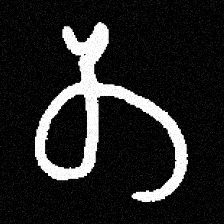
Pyu character \u2014 Myanmar letter: တ (romanized: ta)